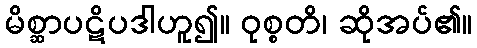
မိစ္ဆာပဋိပဒါဟူ၍။ ဝုစ္စတိ၊ ဆိုအပ်၏။